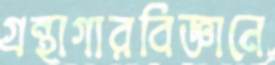
গ্রন্থাগারবিজ্ঞানে